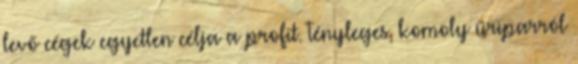
levő cégek egyetlen célja a profit. Tényleges, komoly űriparról